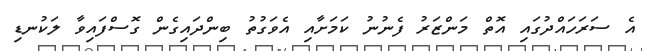
އެ ސަރަހައްދުގައި އޮތް މަންޒަރު ފެނުނު ކަމަށާއި އެވަގުތު ބިންދައިގެން ގޮސްފައިވާ ލަކުނޑި